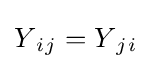
Y{_{i}}{_{j}}=Y{_{j}}{_{i}}